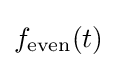
f_{\text{even}}(t)